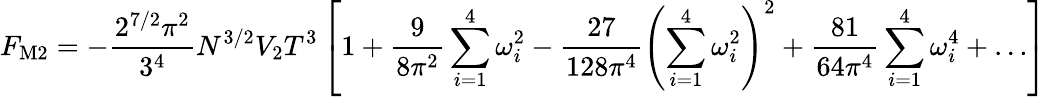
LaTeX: F_{\mathrm{M2}}=-\frac{2^{7/2}\pi^{2}}{3^{4}}N^{3/2}V_{2}T^{3}\left[1+\frac{9}{8\pi^{2}}\sum_{i=1}^{4}\omega_{i}^{2}-\frac{27}{128\pi^{4}}\left(\sum_{i=1}^{4}\omega_{i}^{2}\right)^{2}+\frac{81}{64\pi^{4}}\sum_{i=1}^{4}\omega_{i}^{4}+\ldots\right]